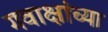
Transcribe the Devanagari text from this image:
गवाक्षांच्या